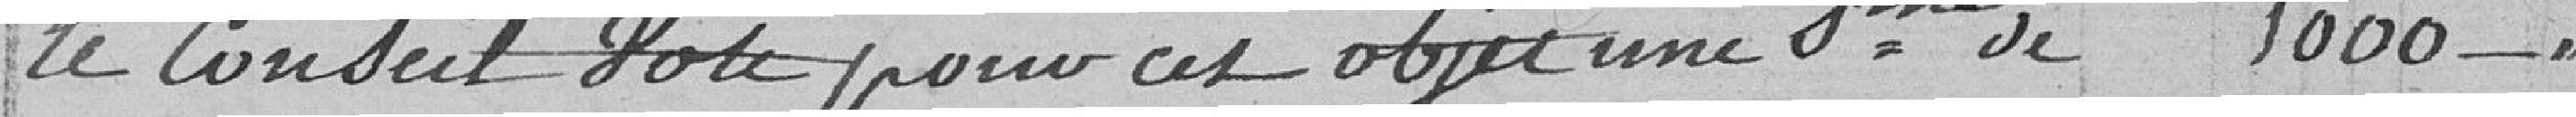
le conseil vote pour cet objet une somme de 1000